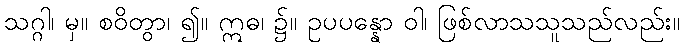
သဂ္ဂါ၊ မှ။ စဝိတွာ၊ ၍။ ဣဓ၊ ၌။ ဥပပန္နော ဝါ၊ ဖြစ်လာသသူသည်လည်း။